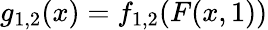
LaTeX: g_{1,2}(x)=f_{1,2}(F(x,1))